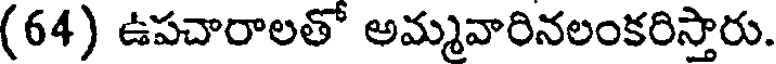
(64) ఉపచారాలతో అమ్మవారినలంకరిస్తారు.